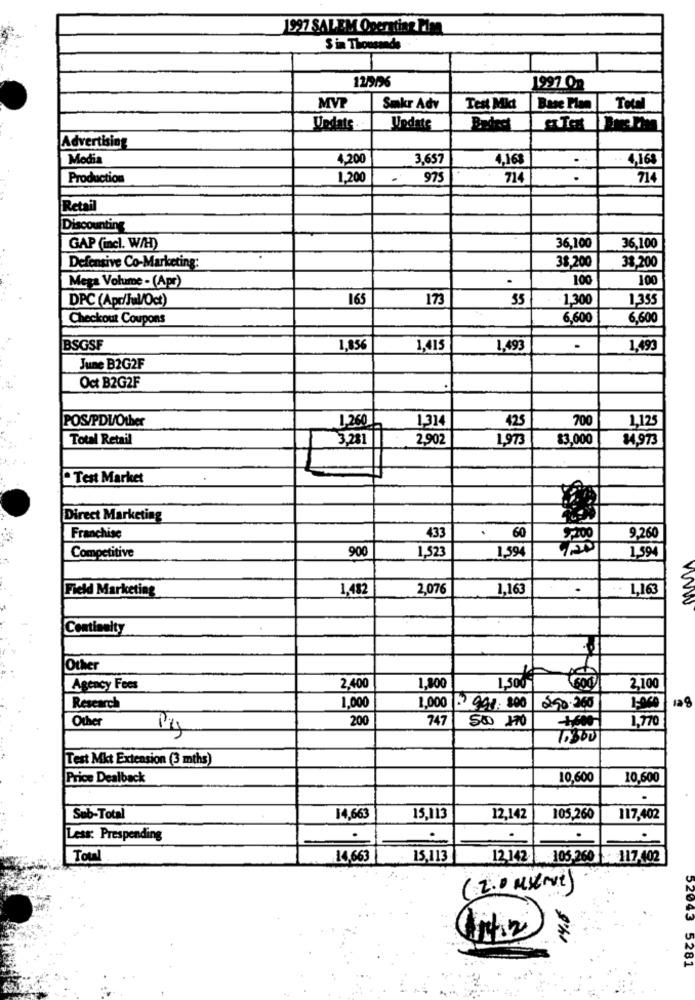
1997 SALEM Operating Tim
$ in Thousands
1997 On
MVP
Smkr Adv
Test Midt
Base Plan
Total
Undats .
Update
Advertising
Media
4,200
3.657
4,168
.
4,168
Production
1,200
.
975
714
.
71
Retail
Discounting
GAP (incl. W/H)
36,100
36,100
38.200
38,200
Defensive Co-Marketing:
Mega Volume - (Apr)
.
100
100
DPC (Apr/Jul/Oct)
165
173
55
-1,300
1,355
Checkout Coupons
6,600
6,600
BSGSF
1,856
1,415
1,493
.
1,493
June B2G2F
Oct B2G2F
POS/PDV/Other
1,260
1,314
425
700
1,125
Total Retail
3,281
2,902
1,973
83,000
84,973
" Test Market
Direct Marketing
433
.
60
Franchise
9,200
9.260
900
1,523
1,594
1,594
Competitive
Field Marketing
1,482
2,076
1,163
.
1,163
www
Contiseity
Other
Agency Fees
2.400
1,800
13
2,100
Research
1,000
1,000 998.300
290.360
1.000
Other
200
747
500 170
1,770
14
-1600
Test Mkt Extension (3 mths)
Price Dealback
10,600
10,600
Sub-Total
14.663
15,113
12,142
105,260
117,402
Less: Prespending
.
.
.
Total
14,663
15,113
12 142
105.260 117.402
(2.0 MyLove)
52043 5281